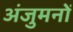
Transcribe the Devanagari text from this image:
अंजुमनों